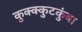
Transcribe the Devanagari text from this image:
कुक्क्कुटकुंबा